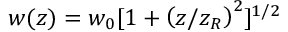
w ( z ) = w _ { 0 } [ 1 + \left( z / z _ { R } \right) ^ { 2 } ] ^ { 1 / 2 }